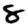
Digit: 8